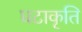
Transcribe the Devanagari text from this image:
घटाकृति